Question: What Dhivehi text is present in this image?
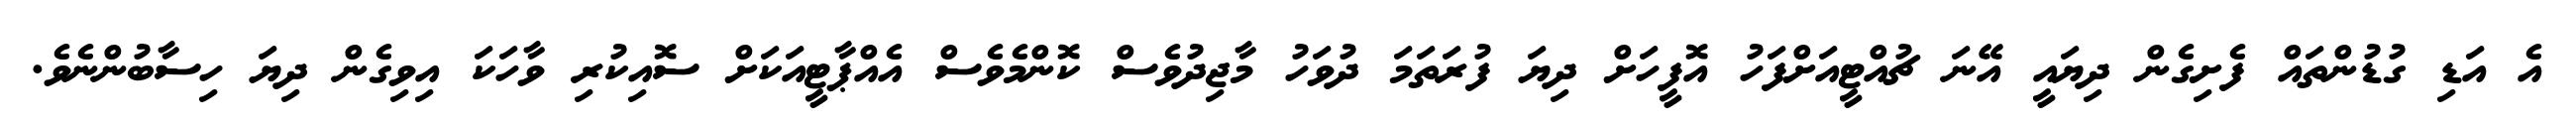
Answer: އެ އަޑި ގުޑުންތައް ފެށިގެން ދިޔައީ އޭނަ ޗުއްޓީއަށްފަހު އޮފީހަށް ދިޔަ ފުރަތަމަ ދުވަހު މާޖިދުވެސް ކޮންމެވެސް އެއްޕާޓީއަކަށް ސޮއިކުރި ވާހަކަ އިވިގެން ދިޔަ ހިސާބުންނެވެ.